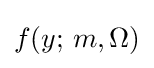
f(y;\,m,\Omega )